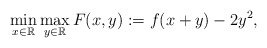
\begin{align*}\min_{x\in \mathbb{R}}\max_{y\in \mathbb{R}} F(x,y):=f(x+y)-2y^2,\end{align*}